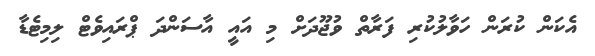
އެކަން ކުރަން ހަވާލުކުރި ފަރާތް ވުޖޫދަށް މި އައީ އާސަންދަ ޕްރައިވެޓް ލިމިޓެޑާ